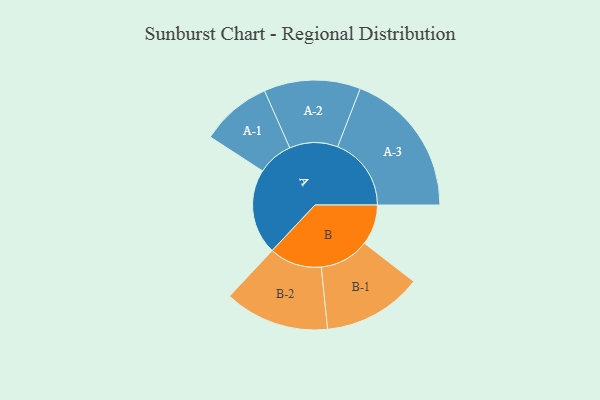
{"axis": {"x": "Segment", "y": "Value"}, "legend": ["", "A", "B"], "data": [{"x": "A", "y": 347, "type": ""}, {"x": "B", "y": 164, "type": ""}, {"x": "A-1", "y": 144, "type": "A"}, {"x": "A-2", "y": 196, "type": "A"}, {"x": "A-3", "y": 299, "type": "A"}, {"x": "B-1", "y": 202, "type": "B"}, {"x": "B-2", "y": 213, "type": "B"}]}